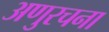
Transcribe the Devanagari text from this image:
अणुरचना